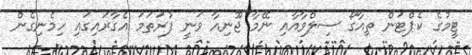
ޓީމުގެ ކެޕްޓަން ތިއާގޯ ސިލްވާއާއި ނޭމާ ޖޫނިއާ ވަނީ ފުރަތަމަ އެގާރައިގައި ހިމެނިގެން